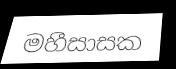
මහීසාසක